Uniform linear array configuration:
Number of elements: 24
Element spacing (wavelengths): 0.25
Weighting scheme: binomial
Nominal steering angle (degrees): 45
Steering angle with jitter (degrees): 45.436
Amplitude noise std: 0.05
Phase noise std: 0.05

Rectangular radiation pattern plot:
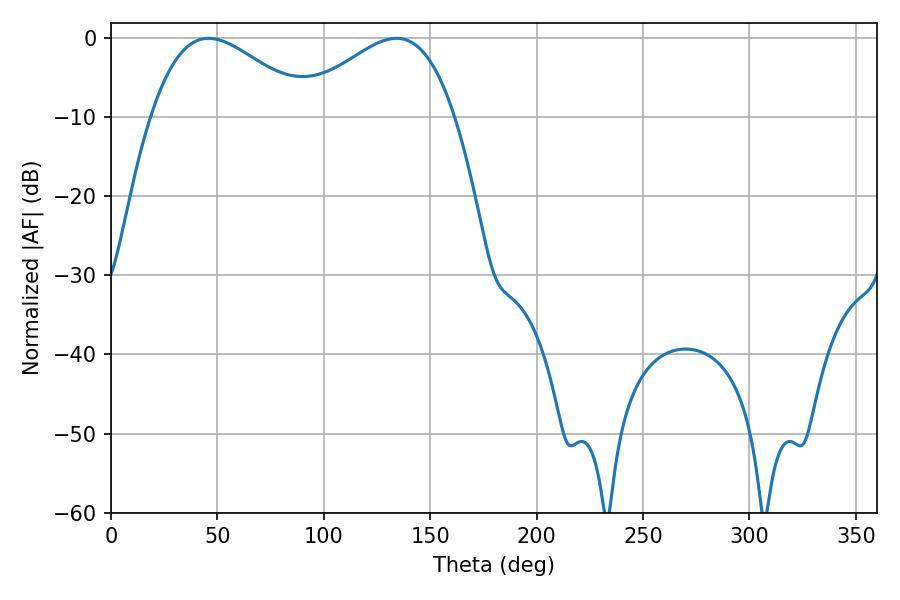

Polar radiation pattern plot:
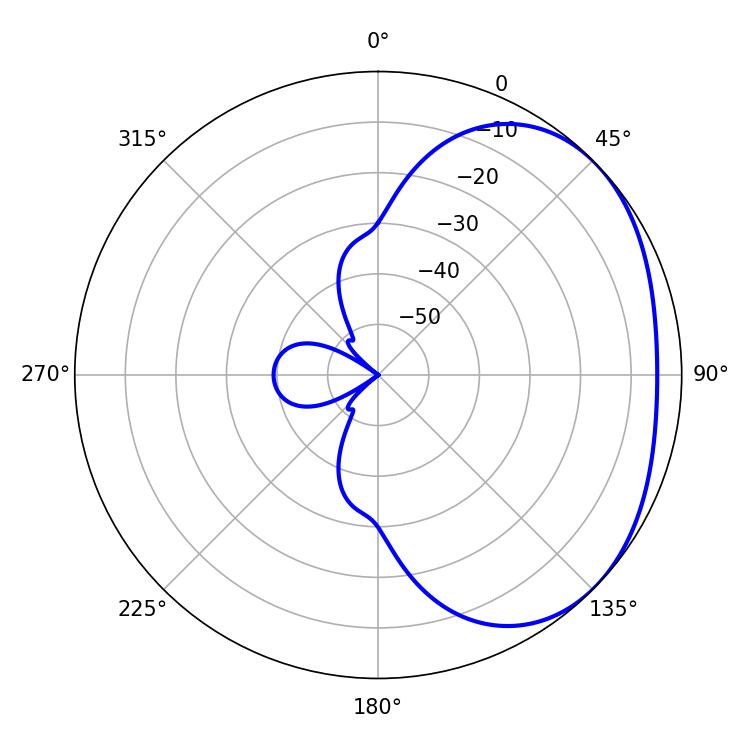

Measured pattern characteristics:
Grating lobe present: FALSE
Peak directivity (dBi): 2.432
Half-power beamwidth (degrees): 40.14
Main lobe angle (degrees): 45.9